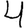
Digit: 4